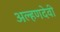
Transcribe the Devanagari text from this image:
अल्हणदेवी